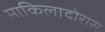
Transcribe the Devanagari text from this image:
माकिलादोरास